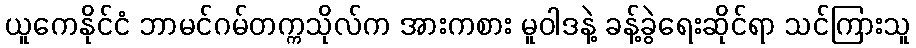
ယူကေနိုင်ငံ ဘာမင်ဂမ်တက္ကသိုလ်က အားကစား မူဝါဒနဲ့ ခန့်ခွဲရေးဆိုင်ရာ သင်ကြားသူ